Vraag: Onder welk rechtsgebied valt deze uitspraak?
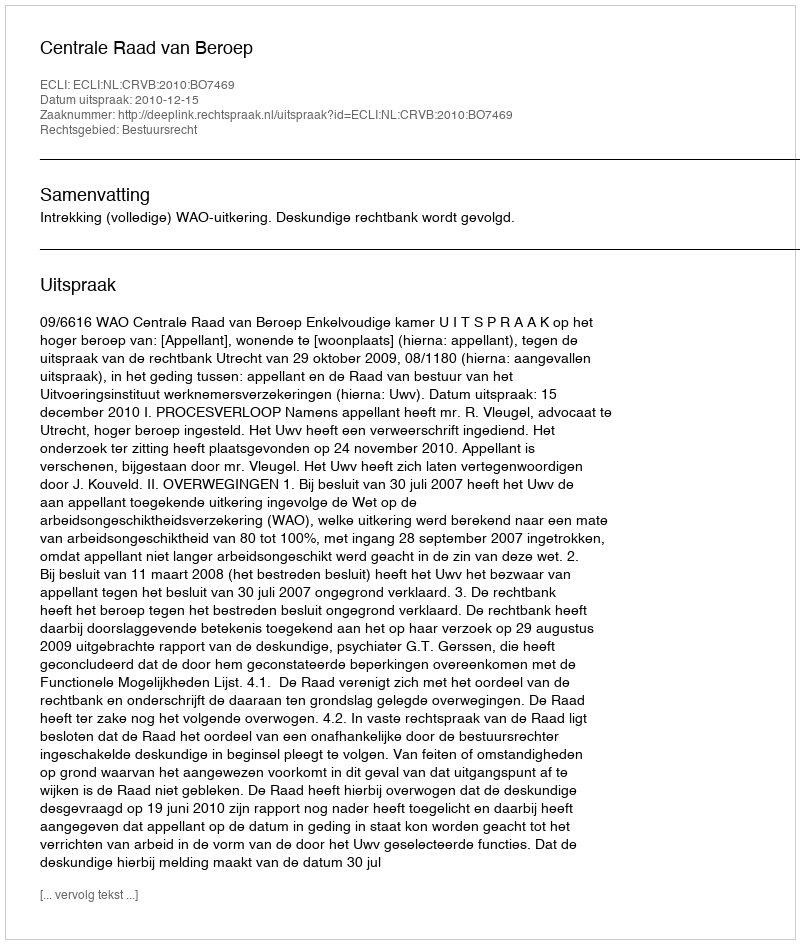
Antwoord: Bestuursrecht